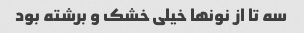
سه تا از نونها خیلی خشک و برشته بود